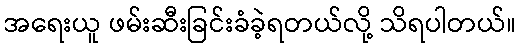
အရေးယူ ဖမ်းဆီးခြင်းခံခဲ့ရတယ်လို့ သိရပါတယ်။